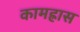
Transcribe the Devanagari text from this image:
कामह्रास